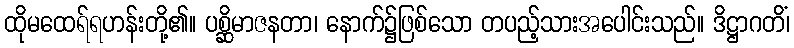
ထိုမထေရ်ရဟန်းတို့၏။ ပစ္ဆိမာဇနတာ၊ နောက်၌ဖြစ်သော တပည့်သားအပေါင်းသည်။ ဒိဋ္ဌာဂတိံ၊